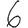
Digit: 6